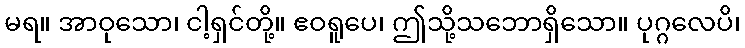
မရ။ အာဝုသော၊ ငါ့ရှင်တို့။ ဧဝရူပေ၊ ဤသို့သဘောရှိသော။ ပုဂ္ဂလေပိ၊